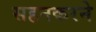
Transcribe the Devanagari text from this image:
सहनकरने